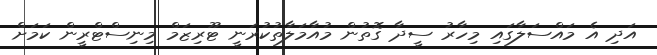
އަދި އެ މައްސަލާގައި މިހާރު ސީދާ ގޮތުން މުއާމަލާތުކުރަނީ ޓޫރިޒަމް މިނިސްޓްރީން ކަމަށް